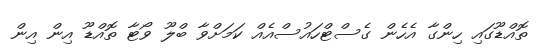
ތޮއްޑޫގައި ހިންގާ އެހެން ގެސްޓްހައުސްއެއް ކަމަށްވާ ބްލޫ ވޯޓާ ތޮއްޑޫ އިން އިން